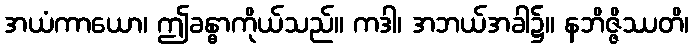
အယံကာယော၊ ဤခန္ဓာကိုယ်သည်။ ကဒါ၊ အဘယ်အခါ၌။ နဘိဇ္ဇိဿတိ၊